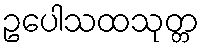
ဥပေါသထသုတ္တ